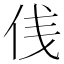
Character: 𠈙